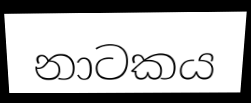
නාටකය